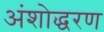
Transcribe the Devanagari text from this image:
अंशोद्धरण